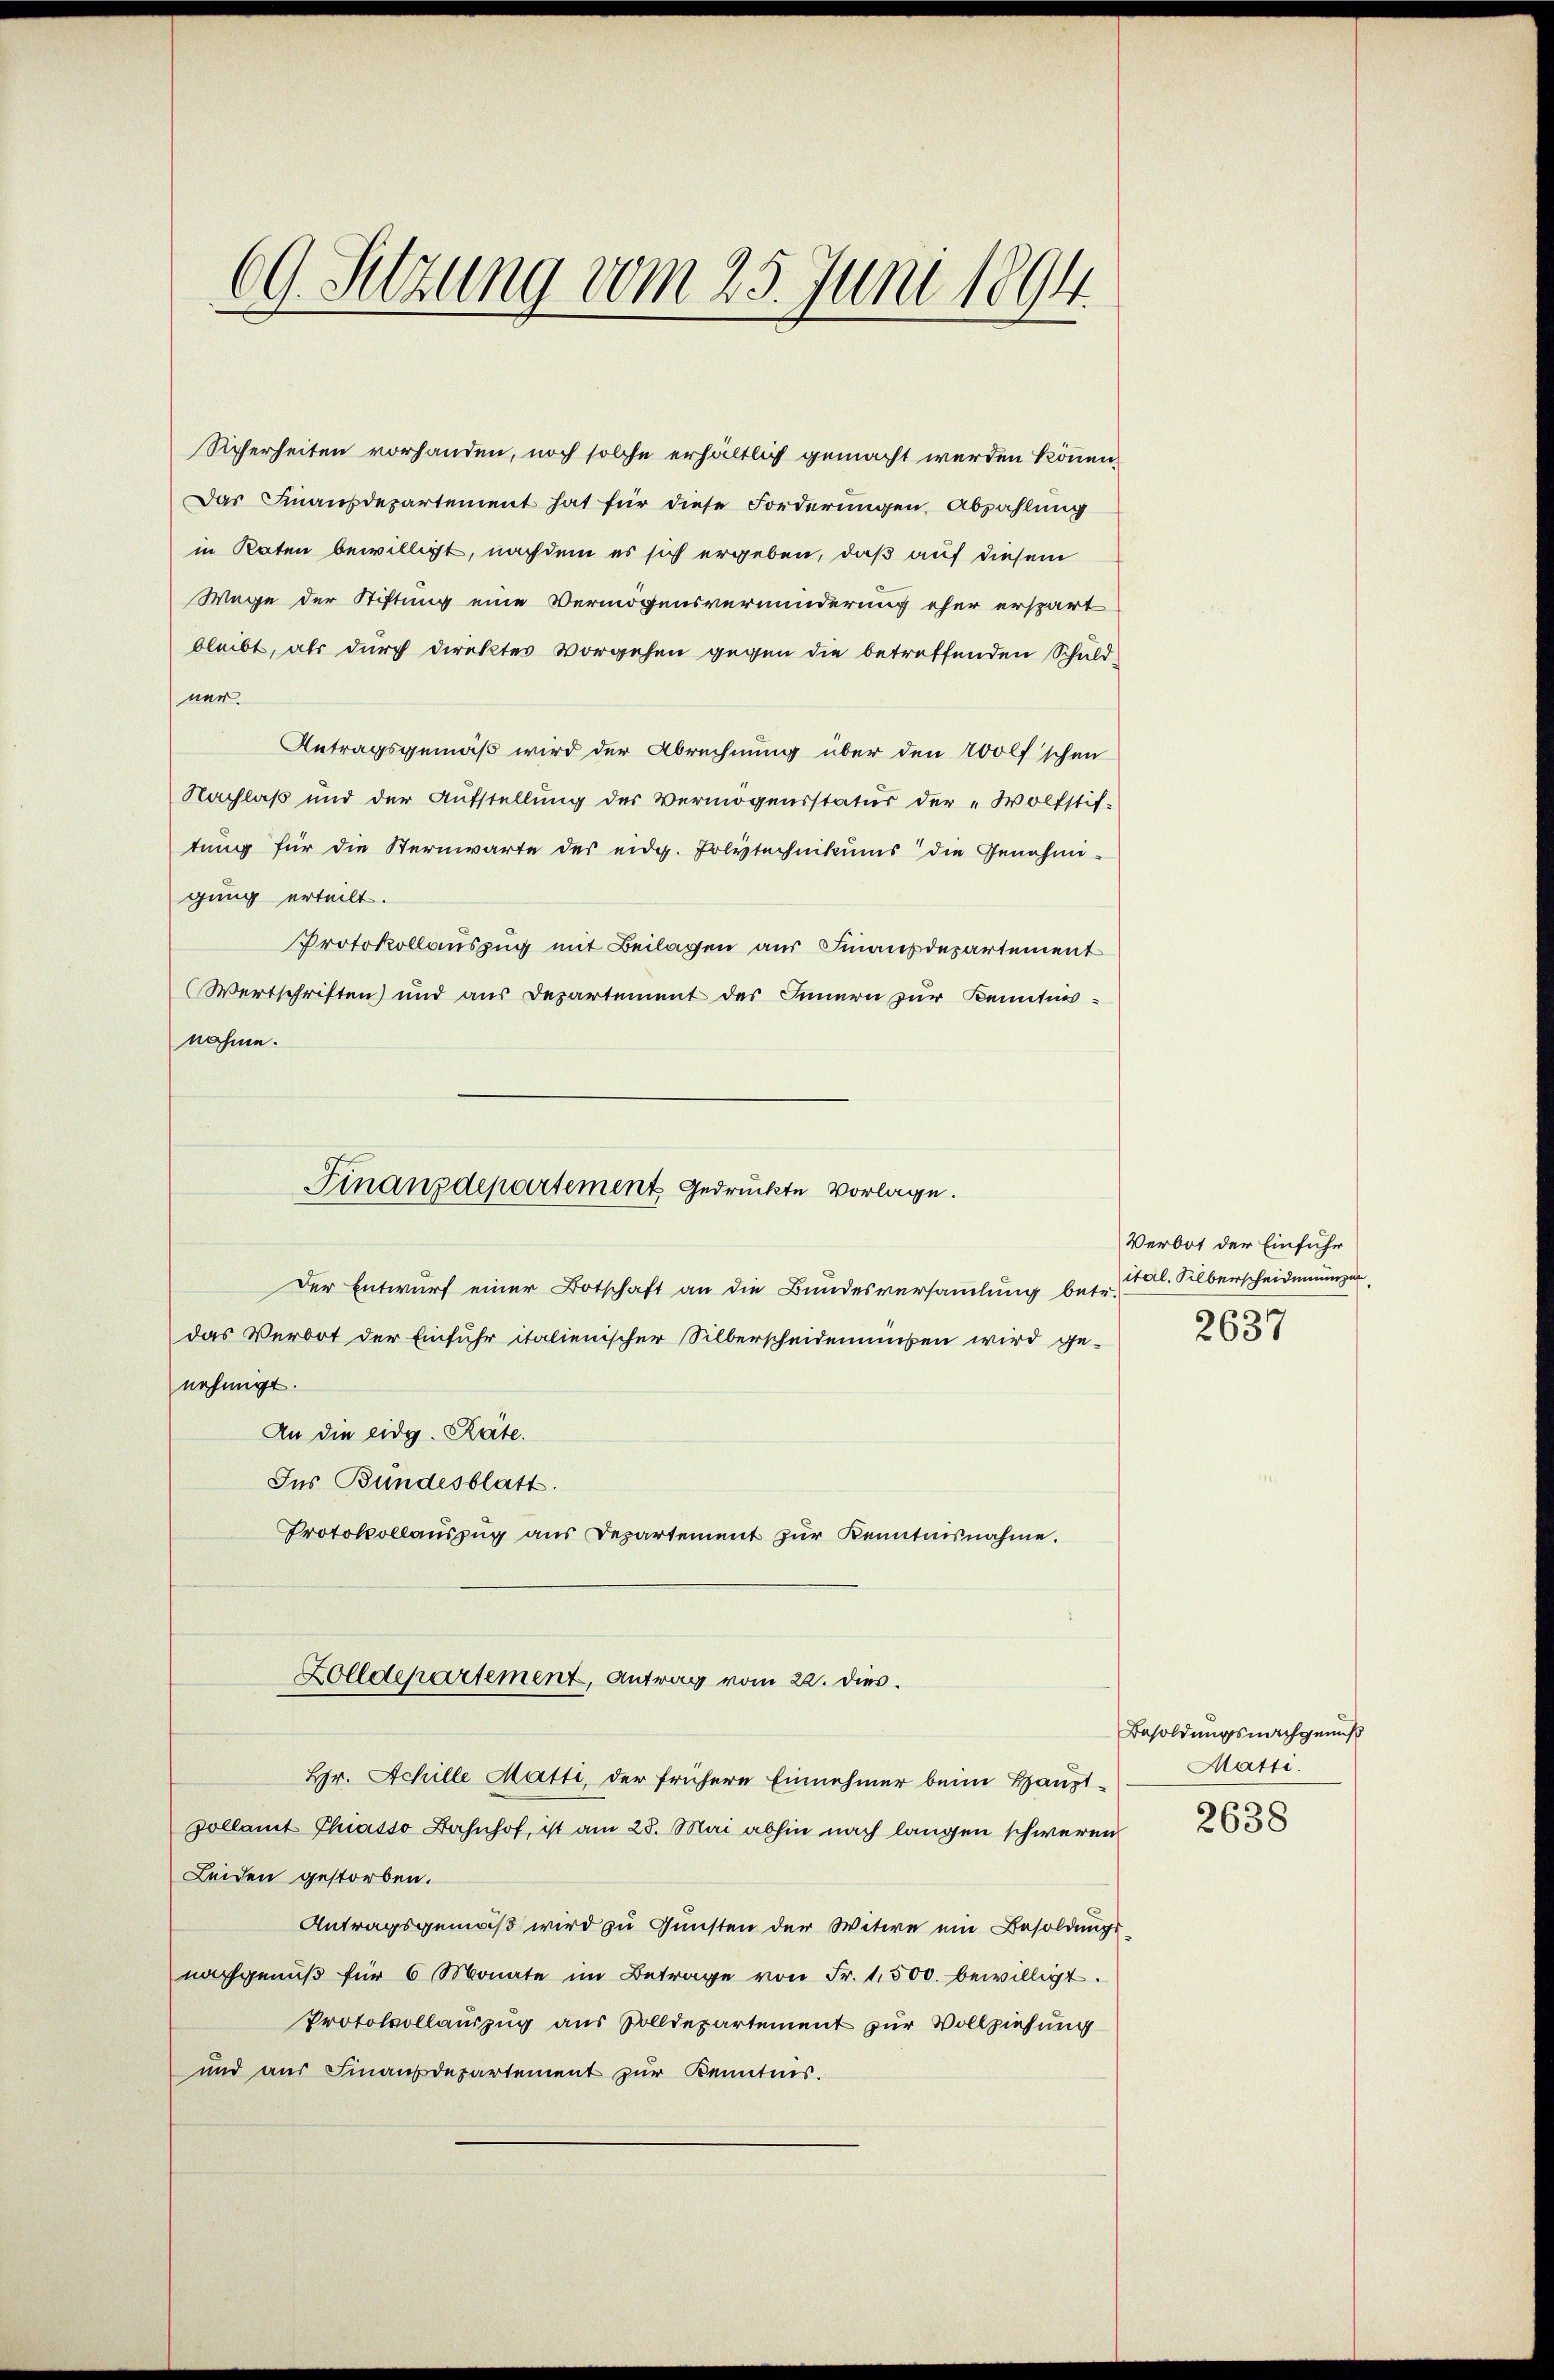
69. Setzung vom 25. Juni 1894

Sicherheiten vorhanden, noch solche erhältlich gemacht werden können,
Das Finanzdepartement hat für diese Forderungen Abzahlung
in Raten bewilligt, nachdem es sich ergeben, daß auf diesem
Wege der Stiftung eine Vermögensverminderung eher erspart
bleibt, als durch direktes Vorgehen gegen die betreffenden Schuldner.
Antragsgemäß wird der Abrechnung über den 200lf'schen
Nachlaß und der Aŭfstellŭng der Vermögensstatŭr der „Wolfstif-
tung für die Sternwarte des eidg. Polytechnikums die Genehmi-
gung erteilt.
Protokollauszug mit Beilagen aus Finanzdepartement
Wertschriften) und aus Departement des Innern zur Kenntnis-
nahme.
Der Entwurf einer Botschaft an die Bundesversammlung betr.
das Verbot der Einfuhr italienischer Silberscheidenmüßen wird ge-
nehmigt.
An die eidg. Räte.
Ins Bundesblatt.
Protokollauszug aus Departement zur Kenntnisnahme.
Zolldepartement, Antrag vom 22. dies.
Hr. Achille Matti, der frühere Einnehmer beim Hauptzollamt Chiasso Bahnhof, ist am 28. Mai abhin nach langen schweren
Leiden gestorben.
Antragsgemäß wird zu Gunsten der Witwe ein Besoldungs-
nachgenŭβ für 6 Monate im Betrage von Fr. 1,500. bewilligt.
Protokollauszug aus Zolldepartement zur Vollziehung
und aus Finanzdepartement zur Kenntnis.

Finanzdepartement gedruckte Vorlage.

Verbot der Einführ
ital. Silberscheidenungen
2637

Besoldungsnachgenuß
Matti.